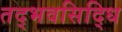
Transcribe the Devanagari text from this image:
तद्भवसिद्धि